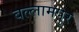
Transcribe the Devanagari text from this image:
बल्लामपुर